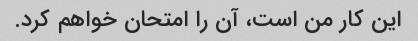
این کار من است، آن را امتحان خواهم کرد.